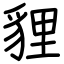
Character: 貍